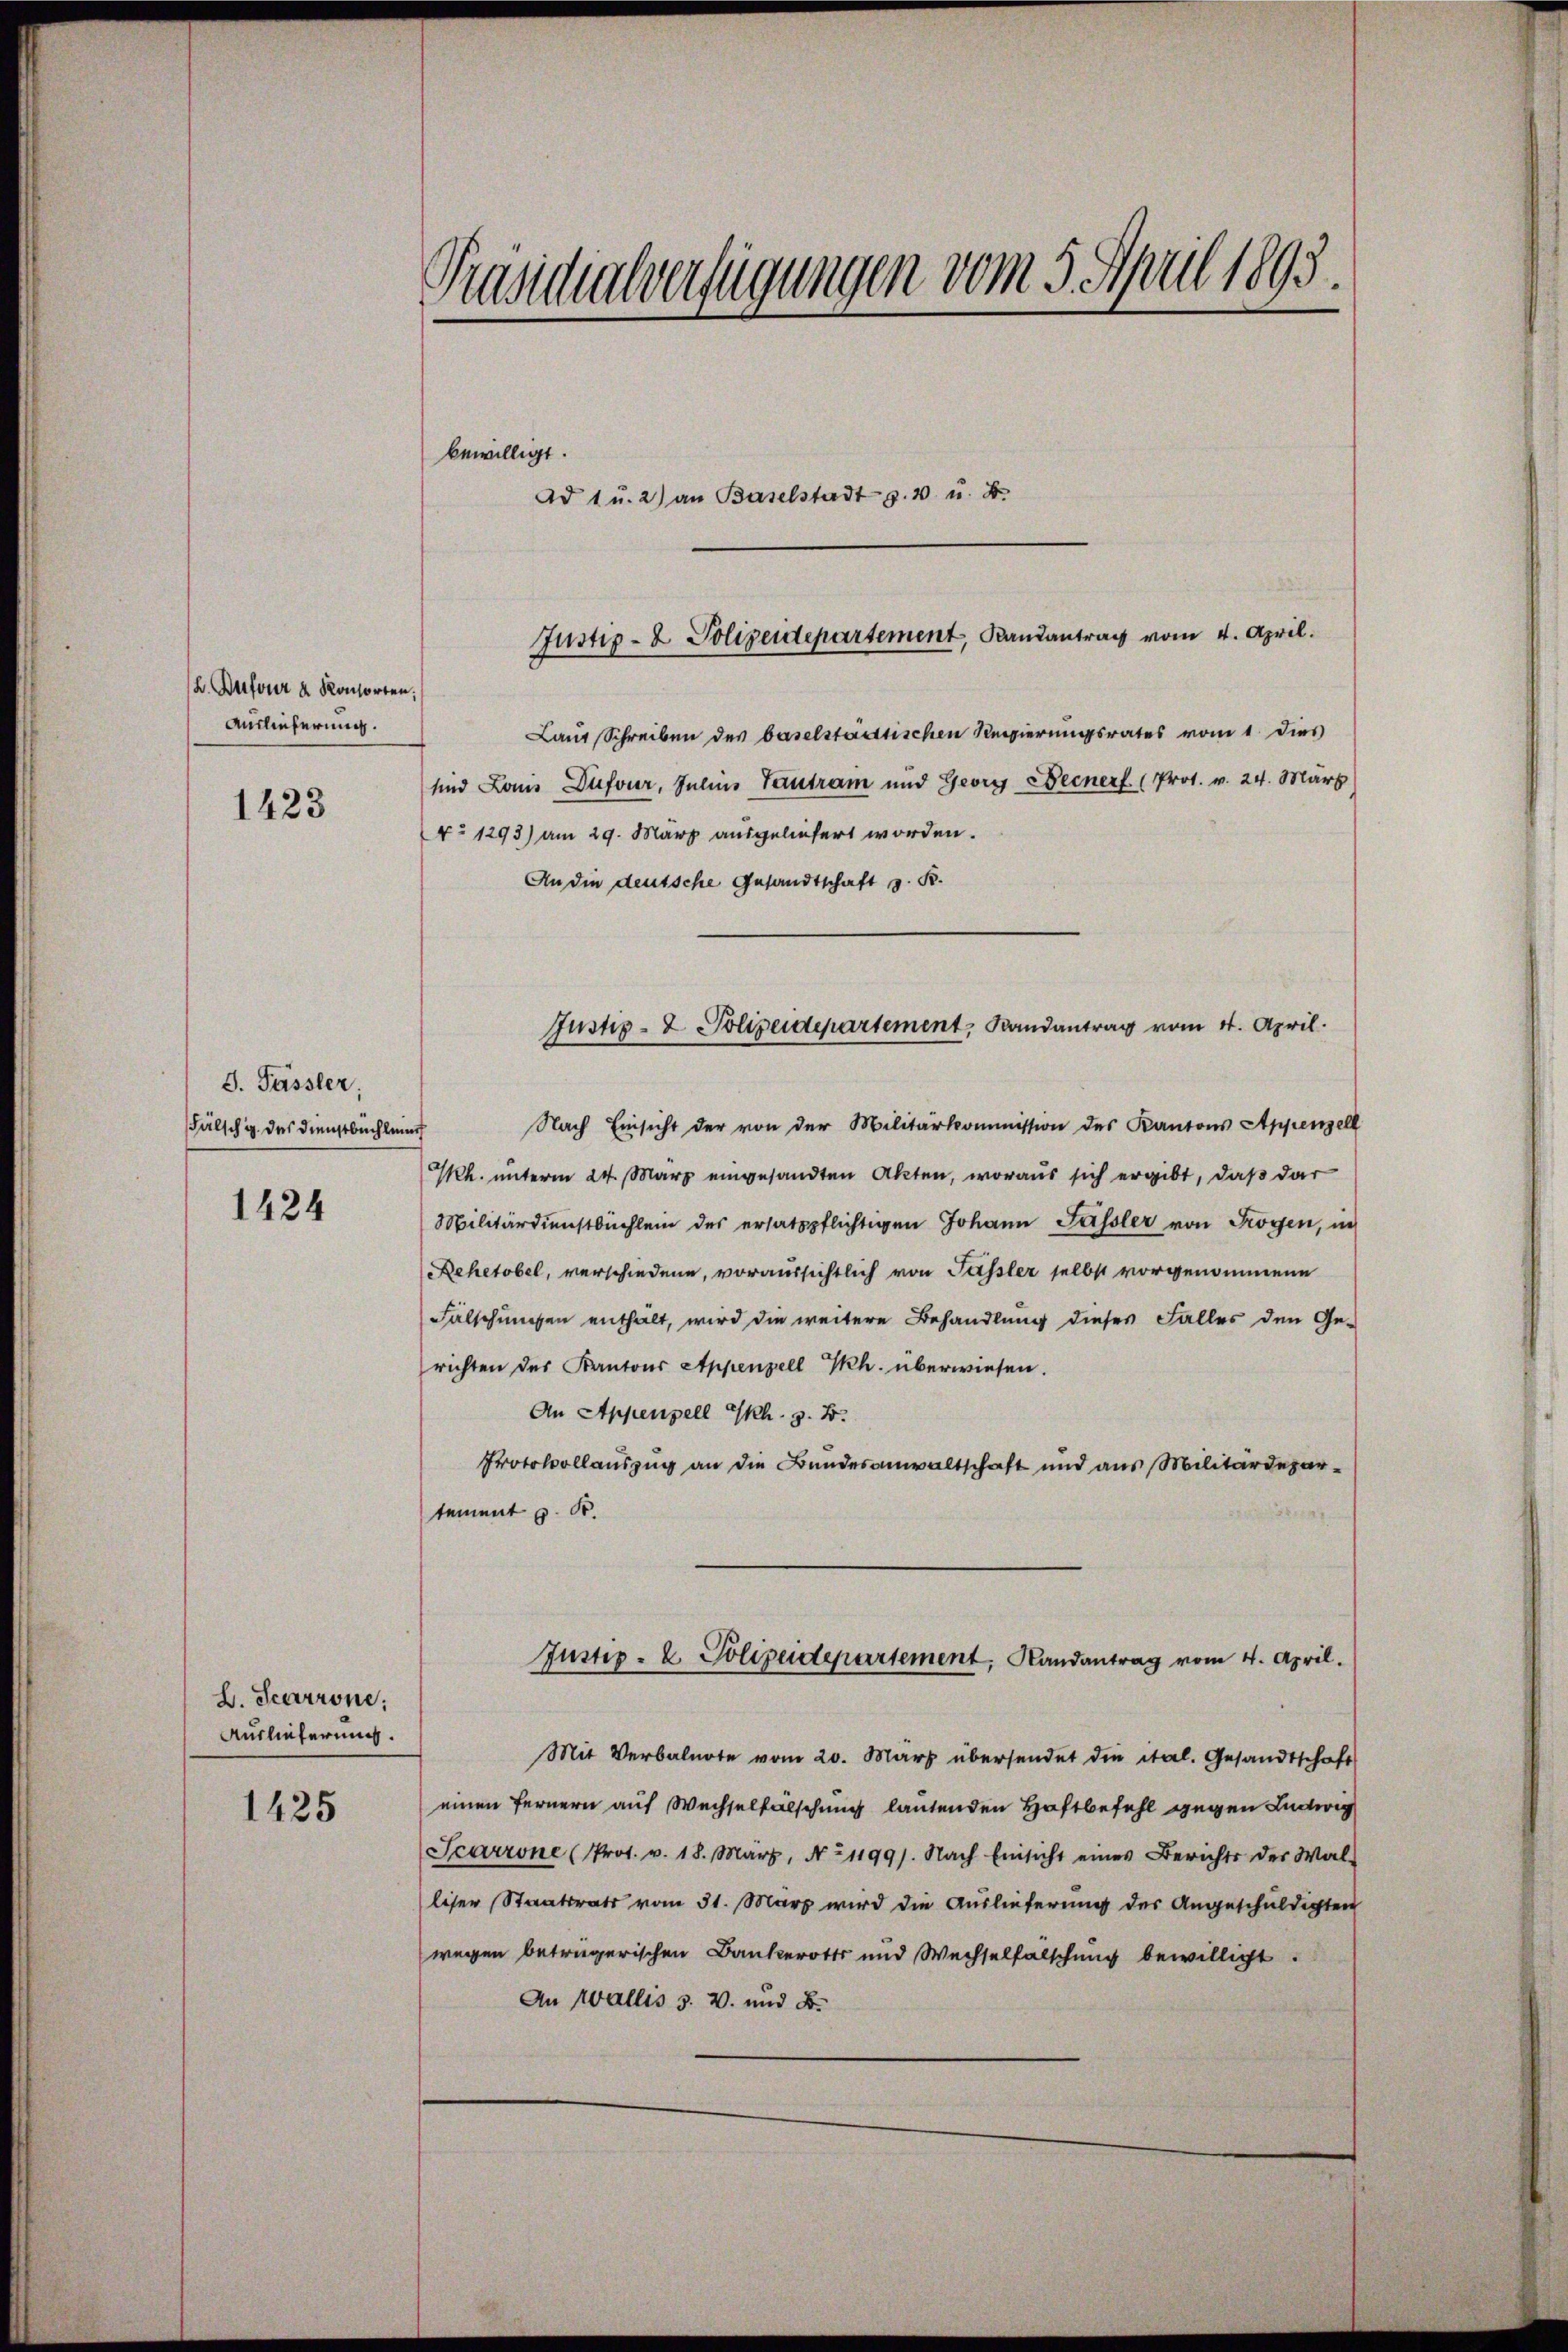
B. Bufour u. Konsorten,
Auslieferung.

1423

J. Fässler.
Fälsch u. das Dienstbüchlein
1424

b. Scarrone;
Auslieferung.

1425

Präsidialverfügungen vom 5. April 1893.

bewilligt.
Ad 1 u. 2) an Baselstadtg. 4 u. 4.
Laut Schreiben des baselstaussischen Regierungsrates vom 1. Dies
sind Land Dufour, Julius Tantrain und Georg Deiner (Prot. v. 24. März
No 1293) am 29. März ausgeliefert worden.
An die deutsche Gesandtschaft z. R.
Nach Einsicht der von der Militärkommission des Kantons Appenzell
Kh. unterm 24. März eingesandten Akten, woraus sich ergibt, daß dar
Militärdienstbüchlein des ersatzpflichtigen Johann Fassler von Trogen, in
ehetobel, verschiedene, voraussichtlich von Fassler selbst vorgenommene
Fälschungen enthält, wird die weitere Behandlung dieses Falles den Ge-
richten des Kantons Appenzell Th. überwiesen.
An Appenzell S. z. B.
Protokollauszug an die Bundesanwaltschaft und aus Militärdepartement z. B.
Justiz- & Polizeidepartement. Randantrag vom 4. April.
Mit Verbalnote vom 20. März übersendet die ital. Gesandtschaft
einen Fernern auf Wechselfälschung lautenden Haftbefehl gegen Ludwig
Scarrone (Prot. v. 18. März, No 1199). Nach Einsicht eines Berichts der Wal-
liser Staatsrats vom 31. März wird die Auslieferung des Angeschuldigten
wegen beträgerischen Bankerotts und Wechselfalschung bewilligt.
An Wallis s. v. und B

Justiz- & Polizeidepartement, Bandantrag vom 4. April.

Justiz- & Polizeidepartement, Bandantrag vom 4. April.